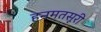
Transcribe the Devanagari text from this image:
हनमतसूरी